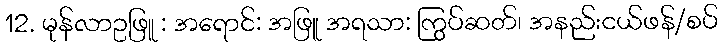
12. မုန်လာဥဖြူ : အရောင်: အဖြူ အရသာ: ကြွပ်ဆတ်၊ အနည်းငယ်ဖန်/စပ်